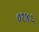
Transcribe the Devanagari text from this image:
०१४६